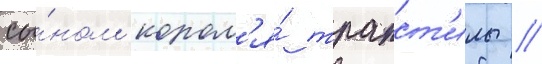
сы́ном корол'я́ трапст'илы //